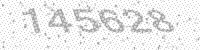
Solution: 145628